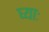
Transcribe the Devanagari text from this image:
घ्‍याः